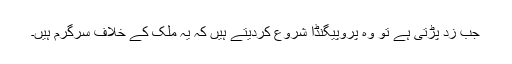
جب زد پڑتی ہے تو وہ پروپیگنڈا شروع کردیتے ہیں کہ یہ ملک کے خلاف سرگرم ہیں۔